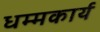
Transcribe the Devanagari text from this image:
धम्मकार्य